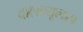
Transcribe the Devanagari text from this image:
वॉलन्यूलस